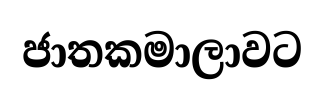
ජාතකමාලාවට